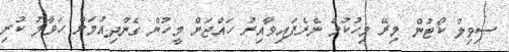
ސިވިލް ކޯޓުން މިރޭ މިހުކުމް ނެރެފައިވާއިރު ހައްޖަށް މީހުން ގެންދިއުމަށް ހަވާލު ކުރި